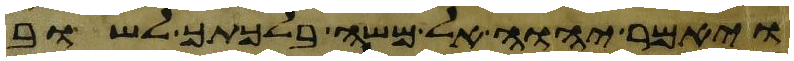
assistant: ויאמר יהוה אל משה בלכתך לשוב